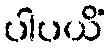
ပါပယိံ